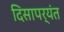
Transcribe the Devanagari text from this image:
दिसापर्यंत